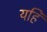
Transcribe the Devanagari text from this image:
यहि